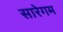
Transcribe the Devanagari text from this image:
सारेगम